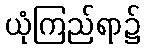
ယုံကြည်ရာ၌